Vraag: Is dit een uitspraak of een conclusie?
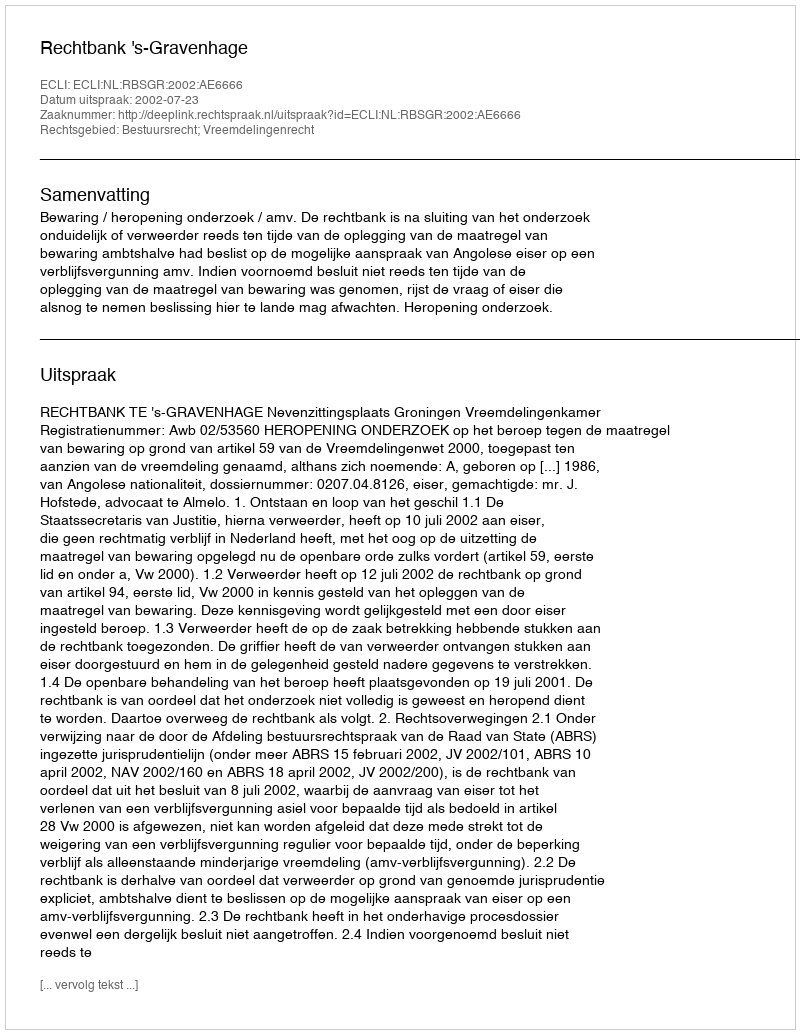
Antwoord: Uitspraak